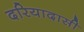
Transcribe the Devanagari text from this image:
दरियादासी